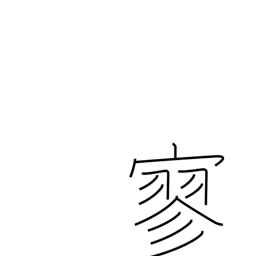
Meaning: lonely